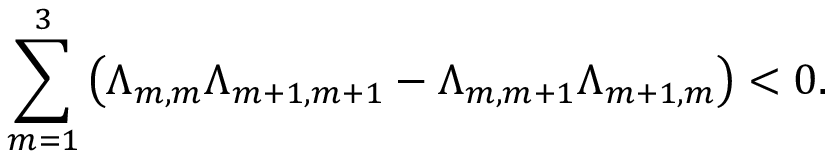
\sum _ { m = 1 } ^ { 3 } \left( \Lambda _ { m , m } \Lambda _ { m + 1 , m + 1 } - \Lambda _ { m , m + 1 } \Lambda _ { m + 1 , m } \right) < 0 .